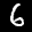
Label: 6